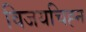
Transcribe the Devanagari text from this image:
विजयचिह्न